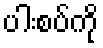
ပါးစပ်ကို